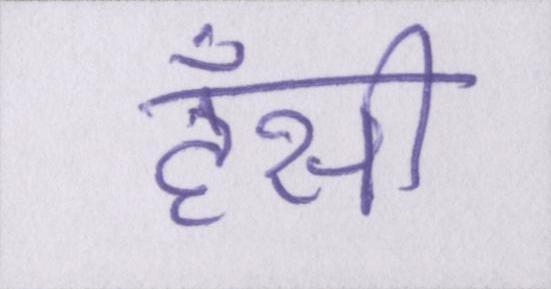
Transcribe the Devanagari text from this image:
हँसी